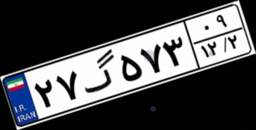
۱۹گ۲۳۶۱۱